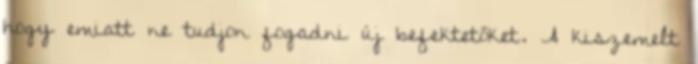
hogy emiatt ne tudjon fogadni új befektetőket. A kiszemelt